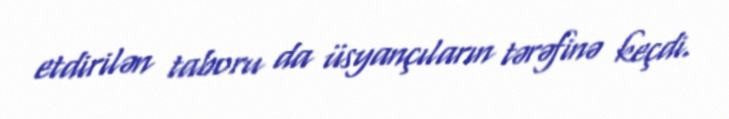
etdirilən taboru da üsyançıların tərəfinə keçdi.